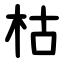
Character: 枯